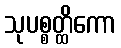
သုပစ္စတ္ထိကော